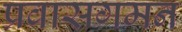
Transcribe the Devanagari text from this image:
प्रवासगमन